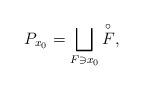
LaTeX: \begin{align*}P_{x_0}=\bigsqcup_{F\ni x_0}\overset{\circ}{F}, \end{align*}